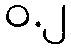
ဝ.၂